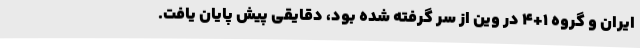
ایران و گروه 1+4 در وین از سر گرفته شده بود، دقایقی پیش پایان یافت.